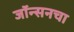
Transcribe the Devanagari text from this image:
जॉन्सनचा